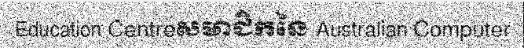
Education Centreសមាជិកនៃ Australian Computer